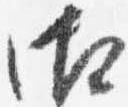
御